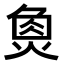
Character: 𤋳